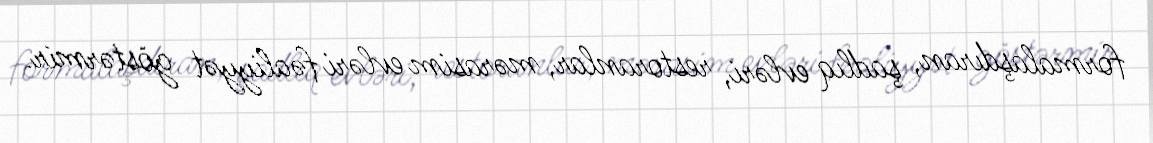
formalaşdıran, şadlıq evləri, restoranlar, mərasim evləri fəaliyyət göstərmir.